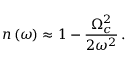
n \left( \omega \right) \approx 1 - \frac { \Omega _ { c } ^ { 2 } } { 2 \omega ^ { 2 } } \, .